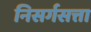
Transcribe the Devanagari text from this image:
निसर्गसत्ता